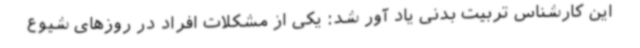
این کارشناس تربیت بدنی یاد آور شد: یکی از مشکلات افراد در روزهای شیوع